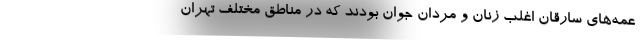
عمه‌های سارقان اغلب زنان و مردان جوان بودند که در مناطق مختلف تهران